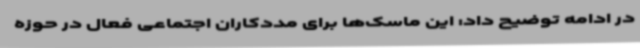
در ادامه توضیح داد: این ماسک‌ها برای مددکاران اجتماعی فعال در حوزه